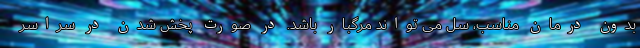
بدون درمان مناسب، سل می تواند مرگبار باشد. در صورت پخش شدن در سراسر